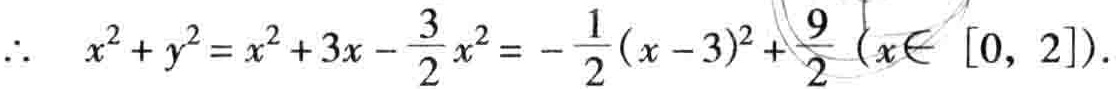
\(\therefore\ x^{2}+y^{2}=x^{2}+3x - \frac{3}{2}x^{2}=-\frac{1}{2}(x - 3)^{2}+\frac{9}{2}(x\in[0,2])\)